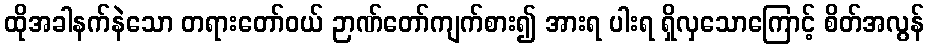
ထိုအခါနက်နဲသော တရားတော်ဝယ် ဉာဏ်တော်ကျက်စား၍ အားရ ပါးရ ရှိလှသောကြောင့် စိတ်အလွန်